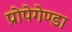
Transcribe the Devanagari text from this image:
प्रोपेगेण्डा